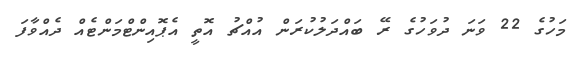
މަހުގެ 22 ވަނަ ދުވަހުގެ ރޭ ބައްދަލުކުރަން އުއްޗު އޮތީ އެޕޮއިންޓްމަންޓެއް ދެއްވާފަ